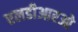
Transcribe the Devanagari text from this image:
एलडीआरओ